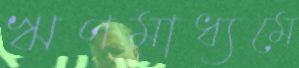
ঋণমাধ্যমে